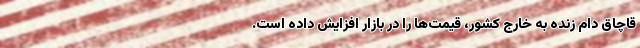
قاچاق دام زنده به خارج کشور، قیمت‌ها را در بازار افزایش داده است.